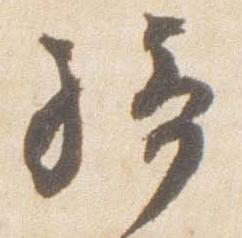
騎